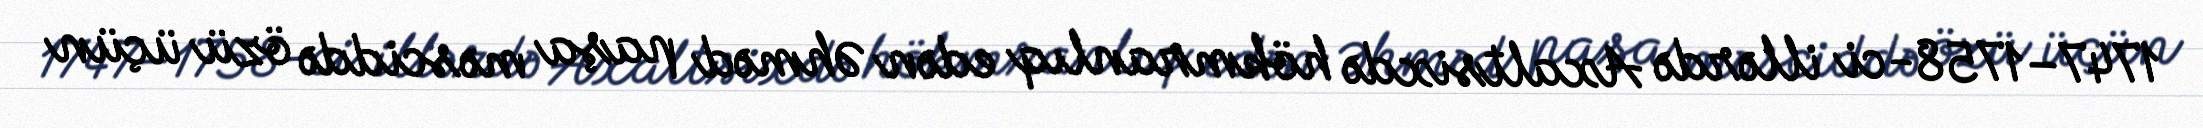
1747–1758-ci illərdə Axaltsixdə hökmranlıq edən Əhməd paşa məsciddə özü üçün